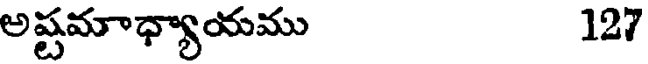
అష్టమాధ్యాయము 127